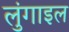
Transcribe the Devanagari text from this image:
लुंगाइल